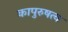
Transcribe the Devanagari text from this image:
कापुरुषत्व